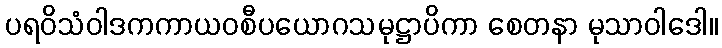
ပရဝိသံဝါဒကကာယဝစီပယောဂသမုဋ္ဌာပိကာ စေတနာ မုသာဝါဒေါ။